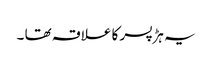
یہ ہڑ پسر کا علاقہ تھا ۔